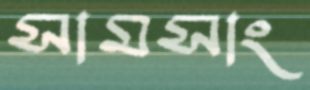
সামসাং